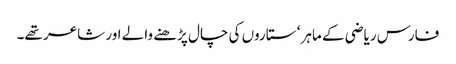
فارس ریاضی کے ماہر ‘ ستاروں کی چال پڑھنے والے اور شاعر تھے۔